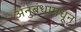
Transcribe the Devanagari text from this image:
अनुबंधामधून